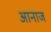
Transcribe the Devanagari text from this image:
आनाज